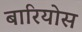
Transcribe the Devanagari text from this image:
बारियोस